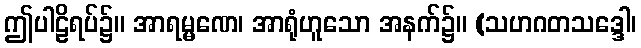
ဤပါဠိရပ်၌။ အာရမ္မဏေ၊ အာရုံဟူသော အနက်၌။ (သဟဂတသဒ္ဒေါ၊